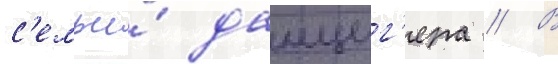
с'емьи́ данциг'ера // В